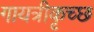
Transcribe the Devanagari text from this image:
गायत्रीकृच्छ